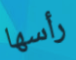
رأسها